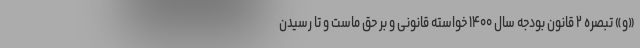
«و» تبصره ۲ قانون بودجه سال ۱۴۰۰ خواسته قانونی و بر حق ماست و تا رسیدن